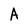
Character: A